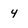
Character: 4